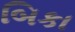
બિકા